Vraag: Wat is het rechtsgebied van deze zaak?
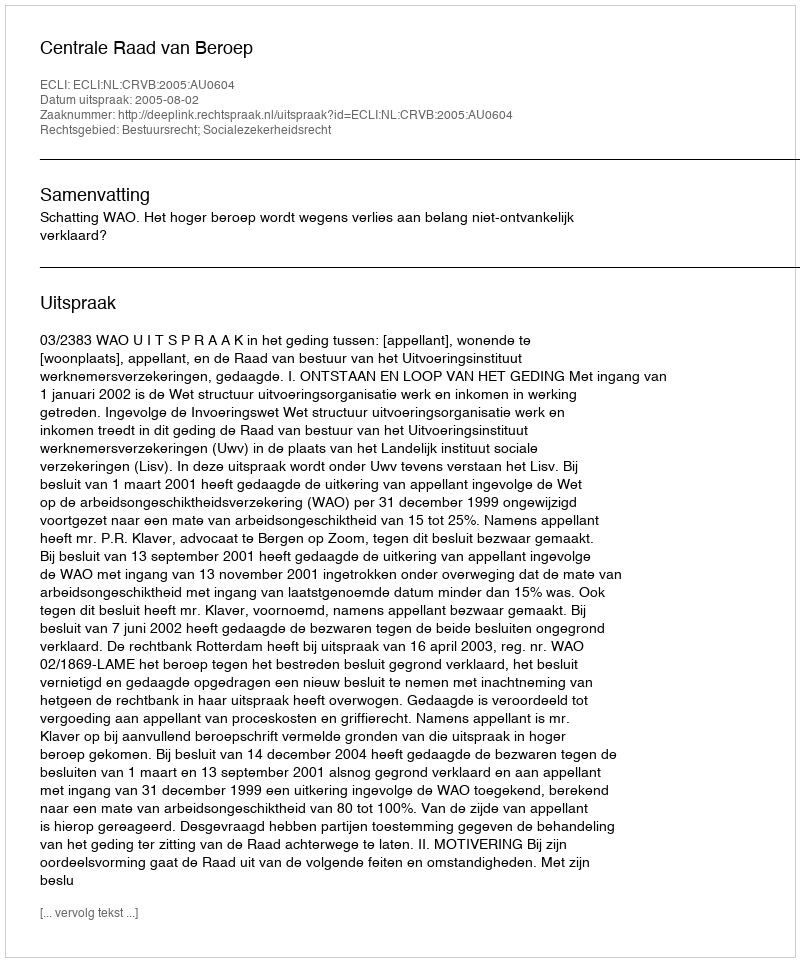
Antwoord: Bestuursrecht; Socialezekerheidsrecht